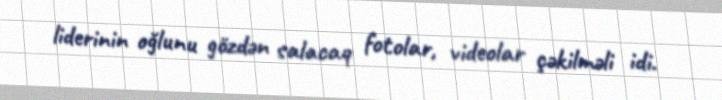
liderinin oğlunu gözdən salacaq fotolar, videolar çəkilməli idi.